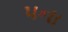
૫ના